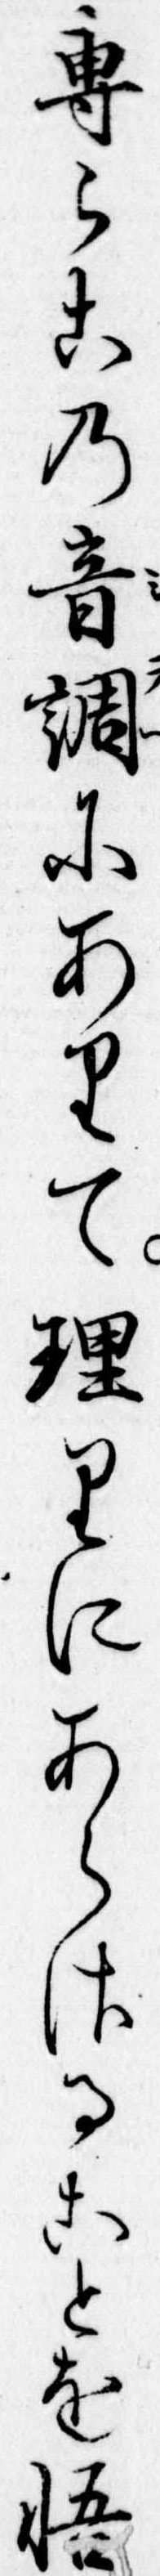
専らこの音調にありて理りにあらさることを悟